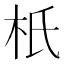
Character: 𣏚